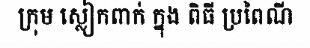
ក្រុម ស្លៀកពាក់ ក្នុង ពិធី ប្រពៃណី